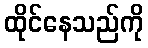
ထိုင်နေသည်ကို